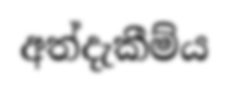
අත්දැකීම්ය